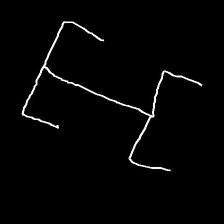
Glyph: entwine